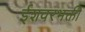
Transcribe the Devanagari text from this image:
ईशवरभक्ती